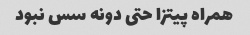
همراه پیتزا حتی دونه سس نبود